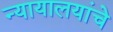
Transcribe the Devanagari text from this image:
न्यायालयांचे